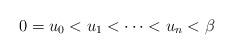
LaTeX: \begin{align*}0=u_0 < u_1 <\dots < u_n < \beta \end{align*}